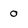
Character: O